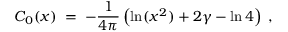
C _ { 0 } ( x ) \; = \; - \frac { 1 } { 4 \pi } \left( \ln ( x ^ { 2 } ) + 2 \gamma - \ln 4 \right) \; ,